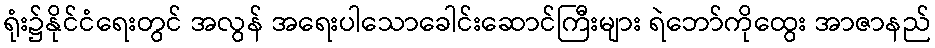
ရုံး၌နိုင်ငံရေးတွင် အလွန် အရေးပါသောခေါင်းဆောင်ကြီးများ ရဲဘော်ကိုထွေး အာဇာနည်